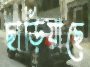
ছাড়িয়াছে